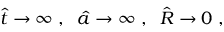
\hat { t } \to \infty \; , \; \; \hat { a } \to \infty \; , \; \; \hat { R } \to 0 \; ,